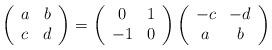
LaTeX: \begin{align*}\left(\begin{array}{cc}a & b\\c & d\\ \end{array}\right) = \left(\begin{array}{cc} 0 & 1 \\ -1 & 0\\ \end{array}\right)\left(\begin{array}{cc} -c & -d \\ a & b\\ \end{array}\right)\end{align*}